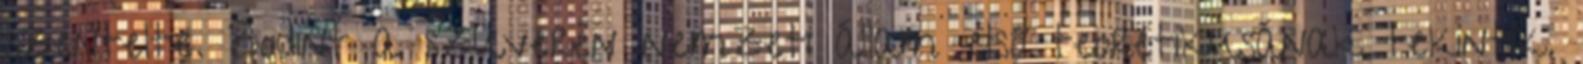
szentelte. Bodint a szuverén nemzeti állam első teoretikusának tekintik.